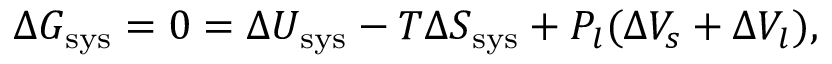
\Delta G _ { \mathrm { s y s } } = 0 = \Delta U _ { \mathrm { s y s } } - T \Delta S _ { \mathrm { s y s } } + P _ { l } ( \Delta V _ { s } + \Delta V _ { l } ) ,